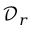
\mathcal { D } _ { r }